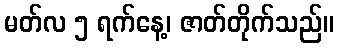
မတ်လ ၅ ရက်နေ့၊ ဇာတ်တိုက်သည်။